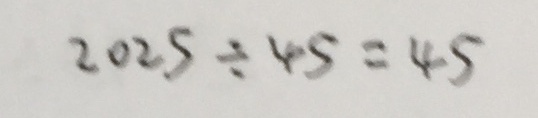
2 0 2 5 \div 4 5 = 4 5